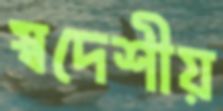
স্বদেশীয়